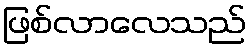
ဖြစ်လာလေသည်